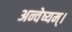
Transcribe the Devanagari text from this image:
अन्वेष्यम्।